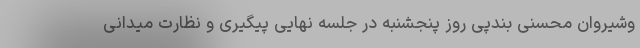
وشیروان محسنی بندپی روز پنجشنبه در جلسه نهایی پیگیری و نظارت میدانی